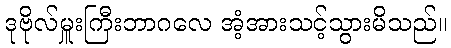
ဒုဗိုလ်မှူးကြီးဘာဂလေ အံ့အားသင့်သွားမိသည်။